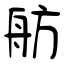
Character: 舫